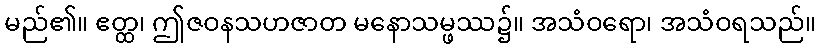
မည်၏။ ဧတ္ထ၊ ဤဇဝနသဟဇာတ မနောသမ္ဖဿ၌။ အသံဝရော၊ အသံဝရသည်။